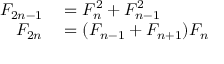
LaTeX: \begin{array} { r l } { F _ { 2 n - 1 } } & { { } = F _ { n } ^ { 2 } + F _ { n - 1 } ^ { 2 } } \\ { F _ { 2 n } } & { { } = ( F _ { n - 1 } + F _ { n + 1 } ) F _ { n } } \end{array}